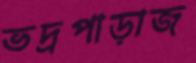
ভদ্রপাড়াজ